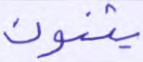
يثنون